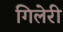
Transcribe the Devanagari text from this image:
गिलेरी